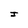
Character: I